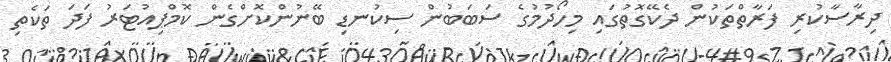
ދިރާސާކުރި ފަރާތްތަކުން ދެކޭގޮތުގައި މިހޯދުމުގެ ސަބަބުން ސިކުނޑި ބޭނުންކޮށްގެން ކޮމްޕިއުޓަރު ފަދަ ތަކެތި